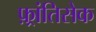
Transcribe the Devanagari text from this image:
फ़्रांतिसेक